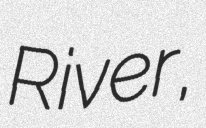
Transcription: River,